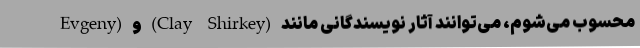
محسوب می‌شوم، می‌توانند آثار نویسندگانی مانند (Clay Shirkey) و (Evgeny